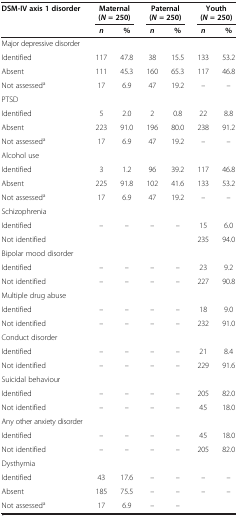
<table><thead><tr><td><b>DSM-IV axis 1 disorder</b></td><td colspan="2"><b>Maternal (<i>N </i>= 250)</b></td><td colspan="2"><b>Paternal (<i>N </i>= 250)</b></td><td colspan="2"><b>Youth (<i>N </i>= 250)</b></td></tr><tr><td><b> </b></td><td><b><i>n</i></b></td><td><b>%</b></td><td><b><i>n</i></b></td><td><b>%</b></td><td><b><i>n</i></b></td><td><b>%</b></td></tr></thead><tbody><tr><td>Major depressive disorder</td><td> </td><td> </td><td> </td><td> </td><td> </td><td> </td></tr><tr><td>Identified</td><td>117</td><td>47.8</td><td>38</td><td>15.5</td><td>133</td><td>53.2</td></tr><tr><td>Absent</td><td>111</td><td>45.3</td><td>160</td><td>65.3</td><td>117</td><td>46.8</td></tr><tr><td>Not assessed<sup>a</sup></td><td>17</td><td>6.9</td><td>47</td><td>19.2</td><td>–</td><td>–</td></tr><tr><td>PTSD</td><td> </td><td> </td><td> </td><td> </td><td> </td><td> </td></tr><tr><td>Identified</td><td>5</td><td>2.0</td><td>2</td><td>0.8</td><td>22</td><td>8.8</td></tr><tr><td>Absent</td><td>223</td><td>91.0</td><td>196</td><td>80.0</td><td>238</td><td>91.2</td></tr><tr><td>Not assessed<sup>a</sup></td><td>17</td><td>6.9</td><td>47</td><td>19.2</td><td>–</td><td>–</td></tr><tr><td>Alcohol use</td><td> </td><td> </td><td> </td><td> </td><td> </td><td> </td></tr><tr><td>Identified</td><td>3</td><td>1.2</td><td>96</td><td>39.2</td><td>117</td><td>46.8</td></tr><tr><td>Absent</td><td>225</td><td>91.8</td><td>102</td><td>41.6</td><td>133</td><td>53.2</td></tr><tr><td>Not assessed<sup>a</sup></td><td>17</td><td>6.9</td><td>47</td><td>19.2</td><td>–</td><td>–</td></tr><tr><td>Schizophrenia</td><td> </td><td> </td><td> </td><td> </td><td> </td><td> </td></tr><tr><td>Identified</td><td>–</td><td>–</td><td>–</td><td>–</td><td>15</td><td>6.0</td></tr><tr><td>Not identified</td><td> </td><td> </td><td> </td><td> </td><td>235</td><td>94.0</td></tr><tr><td>Bipolar mood disorder</td><td> </td><td> </td><td> </td><td> </td><td> </td><td> </td></tr><tr><td>Identified</td><td>–</td><td>–</td><td>–</td><td>–</td><td>23</td><td>9.2</td></tr><tr><td>Not identified</td><td>–</td><td>–</td><td>–</td><td>–</td><td>227</td><td>90.8</td></tr><tr><td>Multiple drug abuse</td><td> </td><td> </td><td> </td><td> </td><td> </td><td> </td></tr><tr><td>Identified</td><td>–</td><td>–</td><td>–</td><td>–</td><td>18</td><td>9.0</td></tr><tr><td>Not identified</td><td>–</td><td>–</td><td>–</td><td>–</td><td>232</td><td>91.0</td></tr><tr><td>Conduct disorder</td><td> </td><td> </td><td> </td><td> </td><td> </td><td> </td></tr><tr><td>Identified</td><td>–</td><td>–</td><td>–</td><td>–</td><td>21</td><td>8.4</td></tr><tr><td>Not identified</td><td>–</td><td>–</td><td>–</td><td>–</td><td>229</td><td>91.6</td></tr><tr><td>Suicidal behaviour</td><td> </td><td> </td><td> </td><td> </td><td> </td><td> </td></tr><tr><td>Identified</td><td>–</td><td>–</td><td>–</td><td>–</td><td>205</td><td>82.0</td></tr><tr><td>Not identified</td><td>–</td><td>–</td><td>–</td><td>–</td><td>45</td><td>18.0</td></tr><tr><td>Any other anxiety disorder</td><td> </td><td> </td><td> </td><td> </td><td> </td><td> </td></tr><tr><td>Identified</td><td>–</td><td>–</td><td>–</td><td>–</td><td>45</td><td>18.0</td></tr><tr><td>Not identified</td><td>–</td><td>–</td><td>–</td><td>–</td><td>205</td><td>82.0</td></tr><tr><td>Dysthymia</td><td> </td><td> </td><td> </td><td> </td><td> </td><td> </td></tr><tr><td>Identified</td><td>43</td><td>17.6</td><td>–</td><td>–</td><td>–</td><td>–</td></tr><tr><td>Absent</td><td>185</td><td>75.5</td><td>–</td><td>–</td><td>–</td><td>–</td></tr><tr><td>Not assessed<sup>a</sup></td><td>17</td><td>6.9</td><td>–</td><td>–</td><td> </td><td> </td></tr></tbody></table>